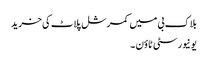
بلاک بی میں کمرشل پلاٹ کی خرید
یونیورسٹی ٹاؤن ۔